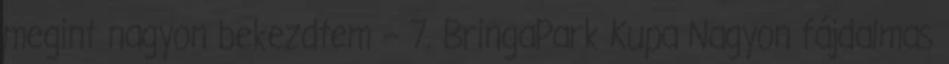
megint nagyon bekezdtem – 7. BringaPark Kupa Nagyon fájdalmas